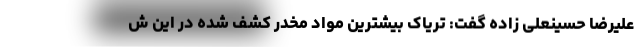
علیرضا حسینعلی زاده گفت: تریاک بیشترین مواد مخدر کشف شده در این ش